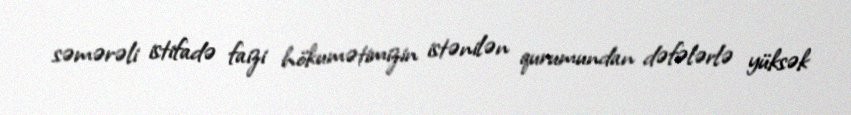
səmərəli istifadə faizi hökumətimizin istənilən qurumundan dəfələrlə yüksək